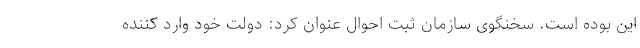
این بوده است. سخنگوی سازمان ثبت احوال عنوان کرد: دولت خود وارد کننده